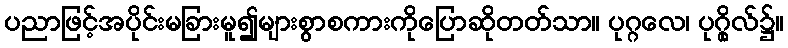
ပညာဖြင့်အပိုင်းမခြားမူ၍များစွာစကားကိုပြောဆိုတတ်သာ။ ပုဂ္ဂလေ၊ ပုဂ္ဂိုလ်၌။